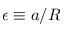
\epsilon \equiv a / R